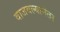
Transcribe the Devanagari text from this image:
वाजवल्यानंतर